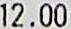
12.00